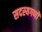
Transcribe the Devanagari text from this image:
सदस्यगणों